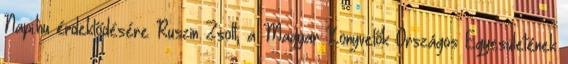
Napi.hu érdeklődésére Ruszin Zsolt, a Magyar Könyvelők Országos Egyesületének